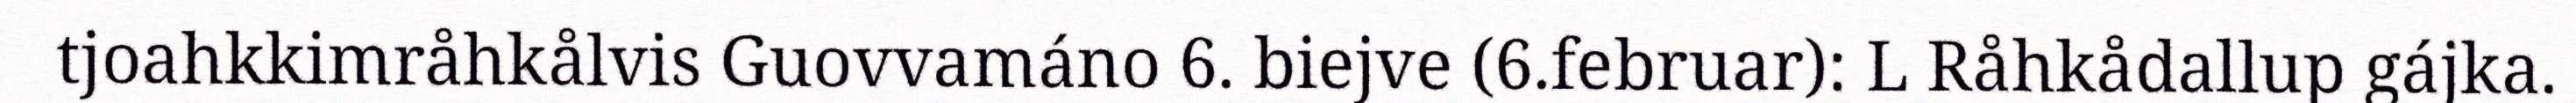
tjoahkkimråhkålvis Guovvamáno 6. biejve (6.februar): L Råhkådallup gájka.